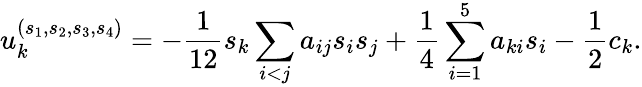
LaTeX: u_{k}^{(s_{1},s_{2},s_{3},s_{4})}=-\frac{1}{12}s_{k}\sum_{i<j}a_{ij}s_{i}s_{j}+\frac{1}{4}\sum_{i=1}^{5}a_{ki}s_{i}-\frac{1}{2}c_{k}.